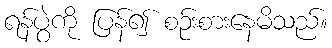
ရန်ပွဲကို ပြန်၍ စဉ်းစားနေမိသည်။